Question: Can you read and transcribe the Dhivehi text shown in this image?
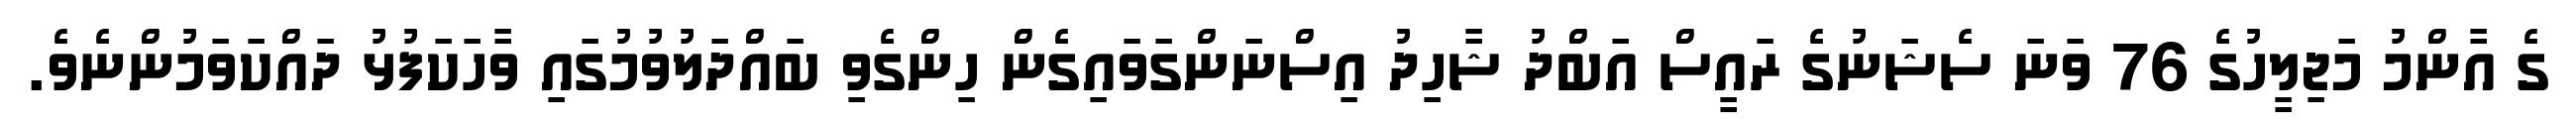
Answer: ގެ އާންމު މަޖިލީހުގެ 76 ވަނަ ސެޝަނުގެ ރައީސް އަބްދު ޝާހިދު އިސްނަންގަވައިގެން ހިންގެވި ބައްދަލުވުމުގައި ވާހަކަފުޅު ދައްކަވަމުންނެވެ.